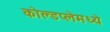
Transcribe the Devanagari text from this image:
कोल्डप्लेमध्ये